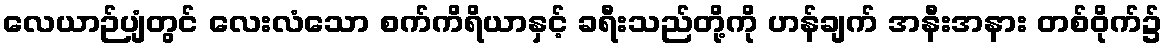
လေယာဉ်ပျံတွင် လေးလံသော စက်ကိရိယာနှင့် ခရီးသည်တို့ကို ဟန်ချက် အနီးအနား တစ်ဝိုက်၌